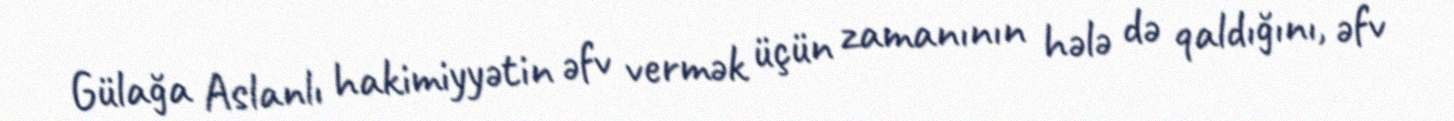
Gülağa Aslanlı hakimiyyətin əfv vermək üçün zamanının hələ də qaldığını, əfv